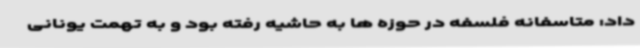
داد: متاسفانه فلسفه در حوزه ها به حاشیه رفته بود و به تهمت یونانی